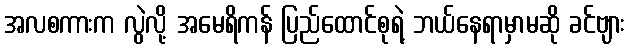
အလစကားက လွဲလို့ အမေရိကန် ပြည်ထောင်စုရဲ့ ဘယ်နေရာမှာမဆို ခင်ဗျား